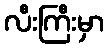
လီးကြီးမှာ